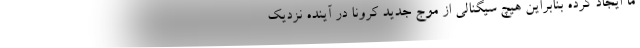
ما ایجاد کرده بنابراین هیچ سیگنالی از موج جدید کرونا در آینده نزدیک